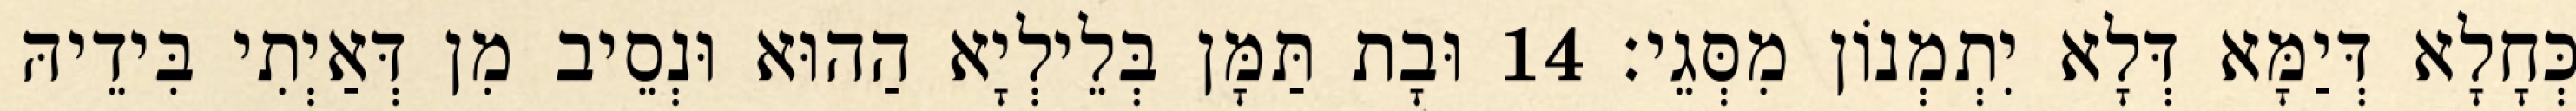
כְּחָלָא דְּיַמָּא דְּלָא יִתְמְנוֹן מִסְּגֵי׃ 14 וּבָת תַּמָּן בְּלֵילְיָא הַהוּא וּנְסֵיב מִן דְּאַיְתִי בִּידֵיהּ